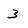
Character: 3